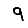
Digit: 9